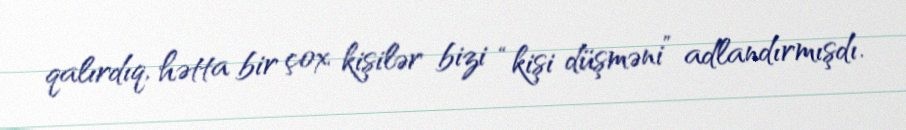
qalırdıq, hətta bir çox kişilər bizi “kişi düşməni” adlandırmışdı.